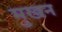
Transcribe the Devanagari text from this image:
मुखन